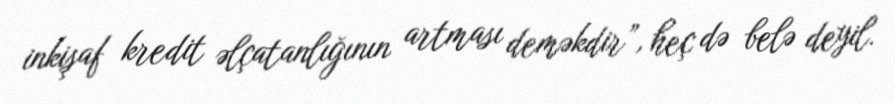
inkişaf kredit əlçatanlığının artması deməkdir”, heç də belə deyil.